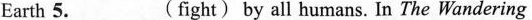
Earth 5.___(fight) by all humans. In The Wandering